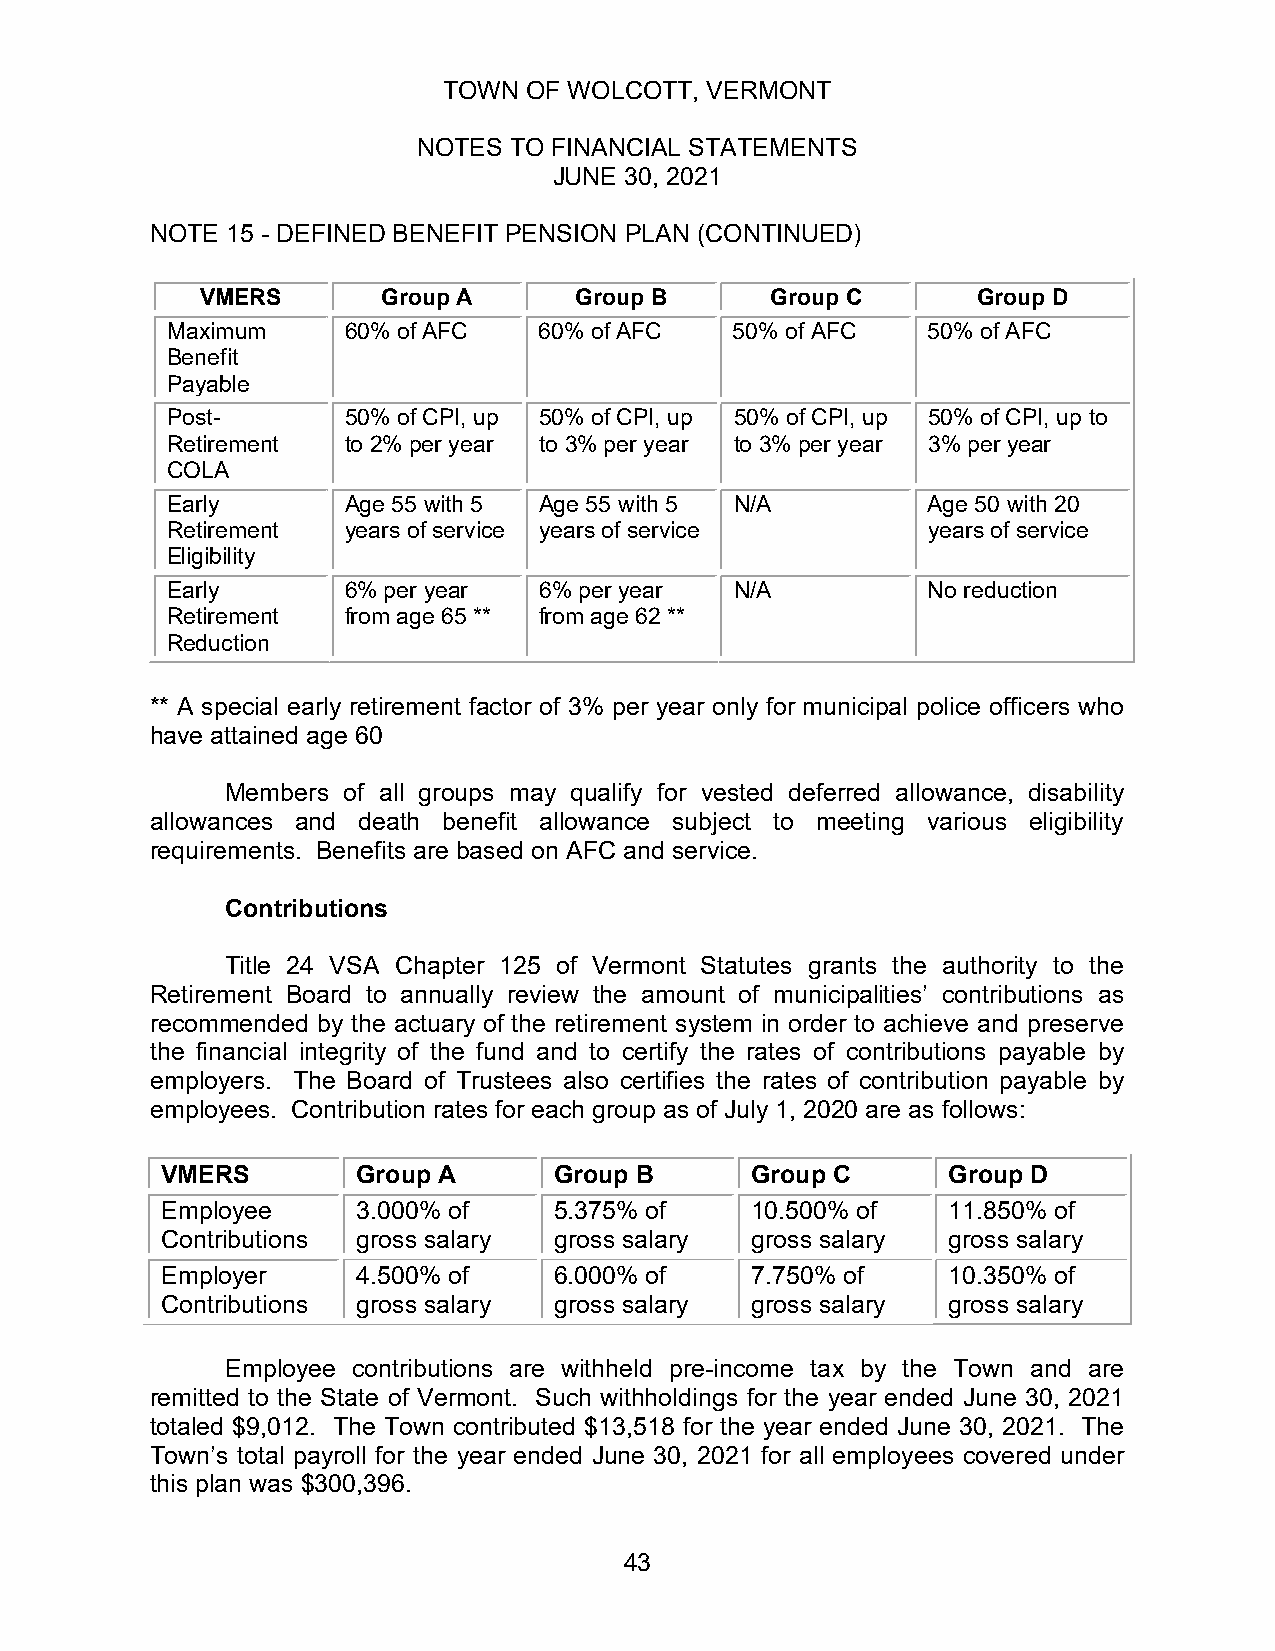
TOWN  OF WOLCOTT, VERMONT
 NOTES TO FINANCIAL STATEMENTS
 JUNE 30, 2021
 NOTE 15 - DEFINED BENEFIT PENSION PLAN (CONTINUED)
 VMERS       Group A      Group B      Group C       Group D
 Maximum     60% of AFC   60% of AFC   50% of AFC  50% of AFC
 Benefit
 Payable
 Post-       50% of CPI, up 50% of CPI, up 50% of CPI, up 50% of CPI, up to
 Retirement  to 2% per year to 3% per year to 3% per year 3% per year
 COLA
 Early       Age 55 with 5 Age 55 with 5 N/A       Age 50 with 20
 Retirement  years of service years of service     years of service
 Eligibility
 Early       6% per year  6% per year  N/A         No reduction
 Retirement  from age 65 ** from age 62 **
 Reduction
 ** A special early retirement factor of 3% per year only for municipal police officers who
 have attained age 60
 Members of all groups may qualify for vested deferred allowance, disability
 allowances and death benefit allowance subject to meeting various eligibility
 requirements. Benefits are based on AFC and service.
 Contributions
 Title 24 VSA Chapter 125 of Vermont Statutes grants the authority to the
 Retirement Board to annually review the amount of municipalities’ contributions as
 recommended by the actuary of the retirement system in order to achieve and preserve
 the financial integrity of the fund and to certify the rates of contributions payable by
 employers. The Board of Trustees also certifies the rates of contribution payable by
 employees. Contribution rates for each group as of July 1, 2020 are as follows:
 VMERS        Group A      Group B      Group C      Group D
 Employee     3.000% of    5.375% of    10.500% of   11.850% of
 Contributions gross salary gross salary gross salary gross salary
 Employer     4.500% of    6.000% of    7.750% of    10.350% of
 Contributions gross salary gross salary gross salary gross salary
 Employee contributions are withheld pre-income tax by the Town and are
 remitted to the State of Vermont. Such withholdings for the year ended June 30, 2021
 totaled $9,012. The Town contributed $13,518 for the year ended June 30, 2021. The
 Town’s total payroll for the year ended June 30, 2021 for all employees covered under
 this plan was $300,396.
 43